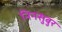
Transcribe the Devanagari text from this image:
निनसुबुर